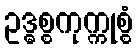
ဥဒ္ဓစ္စကုက္ကုစ္စံ